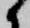
候